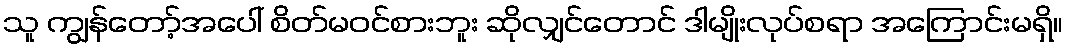
သူ ကျွန်တော့်အပေါ် စိတ်မဝင်စားဘူး ဆိုလျှင်တောင် ဒါမျိုးလုပ်စရာ အကြောင်းမရှိ။